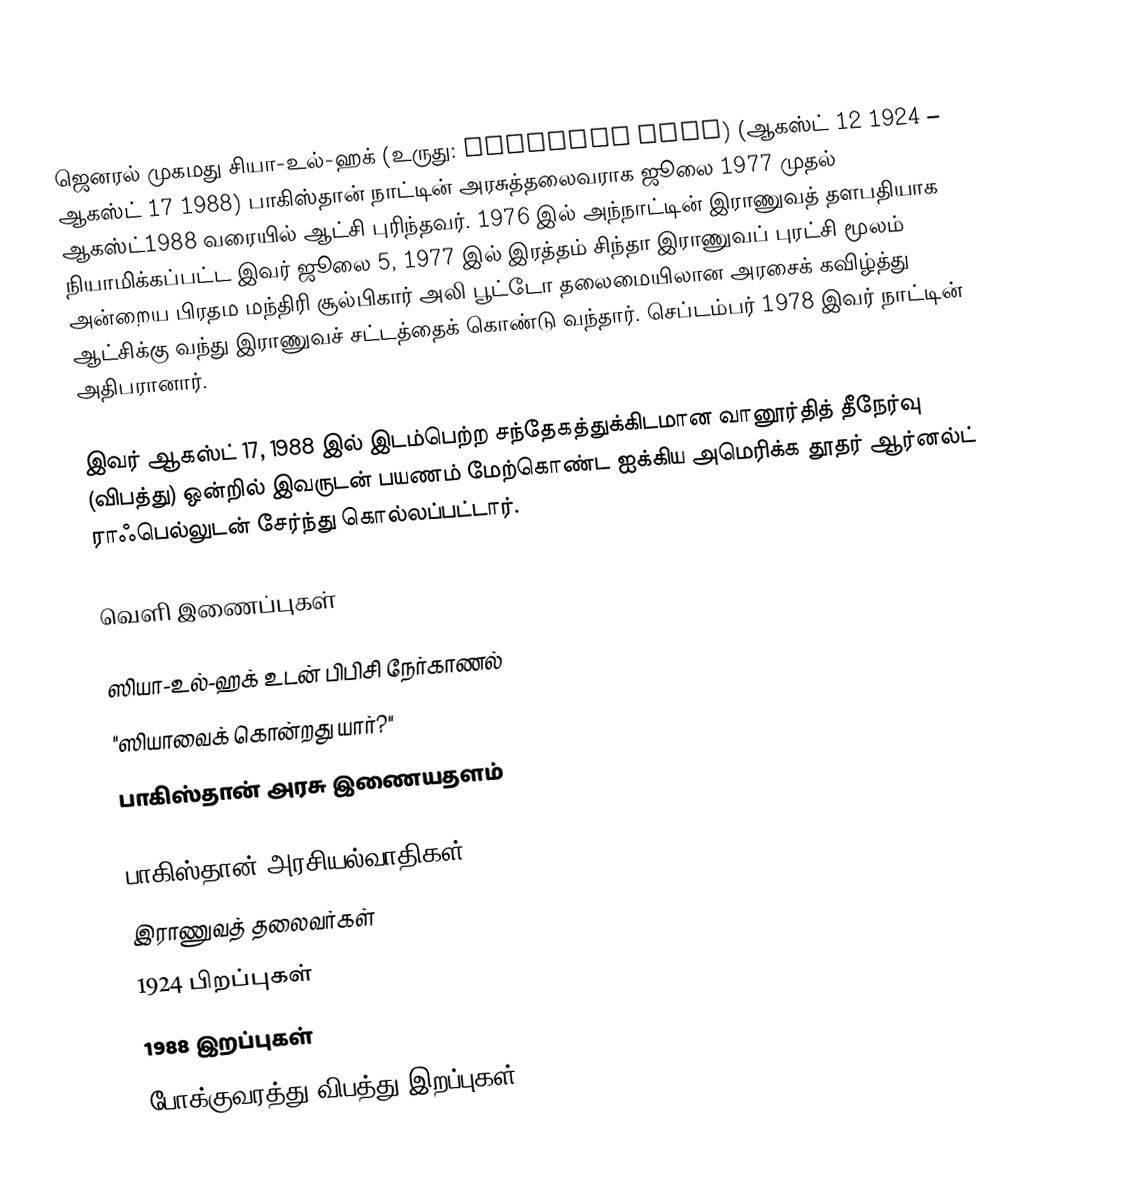
ஜெனரல் முகமது சியா-உல்-ஹக் (உருது: محمد ضیاءالحق) (ஆகஸ்ட் 12 1924 – ஆகஸ்ட் 17 1988) பாகிஸ்தான் நாட்டின் அரசுத்தலைவராக ஜூலை 1977 முதல் ஆகஸ்ட்1988 வரையில் ஆட்சி புரிந்தவர். 1976 இல் அந்நாட்டின் இராணுவத் தளபதியாக நியாமிக்கப்பட்ட இவர் ஜூலை 5, 1977 இல் இரத்தம் சிந்தா இராணுவப் புரட்சி மூலம் அன்றைய பிரதம மந்திரி சூல்பிகார் அலி பூட்டோ தலைமையிலான அரசைக் கவிழ்த்து ஆட்சிக்கு வந்து இராணுவச் சட்டத்தைக் கொண்டு வந்தார். செப்டம்பர் 1978 இவர் நாட்டின் அதிபரானார்.

இவர் ஆகஸ்ட் 17, 1988 இல் இடம்பெற்ற சந்தேகத்துக்கிடமான வானூர்தித் தீநேர்வு (விபத்து) ஒன்றில் இவருடன் பயணம் மேற்கொண்ட ஐக்கிய அமெரிக்க தூதர் ஆர்னல்ட் ராஃபெல்லுடன் சேர்ந்து கொல்லப்பட்டார்.

வெளி இணைப்புகள்

ஸியா-உல்-ஹக் உடன் பிபிசி நேர்காணல்
"ஸியாவைக் கொன்றது யார்?"
பாகிஸ்தான் அரசு இணையதளம்

பாகிஸ்தான் அரசியல்வாதிகள்
இராணுவத் தலைவர்கள்
1924 பிறப்புகள்
1988 இறப்புகள்
போக்குவரத்து விபத்து இறப்புகள்